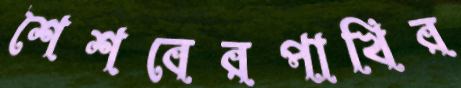
শৈশবেরপাখির